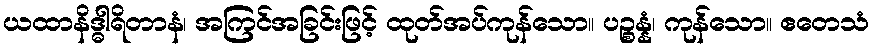
ယထာနိဒ္ဓါရိတာနံ၊ အကြင်အခြင်းဖြင့် ထုတ်အပ်ကုန်သော။ ပဉ္စန္နံ၊ ကုန်သော။ ဧတေသံ